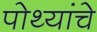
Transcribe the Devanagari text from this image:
पोथ्यांचे